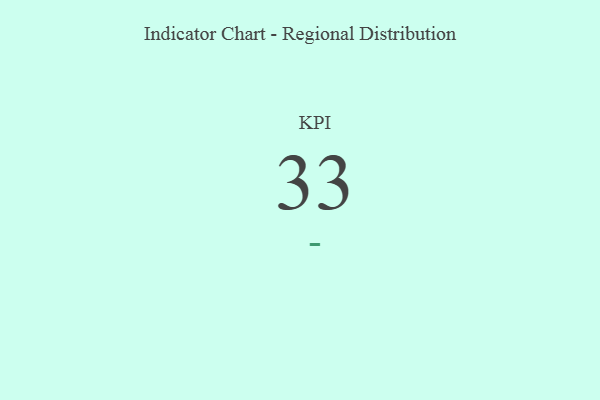
{"axis": {"x": "KPI", "y": "Value"}, "legend": [""], "data": [{"x": "KPI", "y": 33, "type": ""}]}